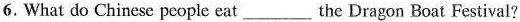
6. What do Chinese people eat___the Dragon Boat Festival?